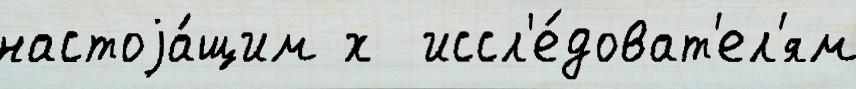
настоjа́щим х  иссл'е́доват'ел'ям